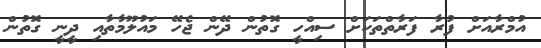
އުމްރާއަށް ފުރާ ފަރާތްތަކަށް ސިއްހީ ގޮތުން ދޭން ޖެހޭ މައުލޫމާތާއި ދީނީ ގޮތުން